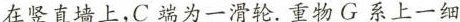
在竖直墙上,C端为一滑轮.重物G系上一细